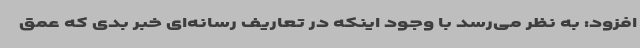
افزود: به نظر می‌رسد با وجود اینکه در تعاریف رسانه‌ای خبر بدی که عمق